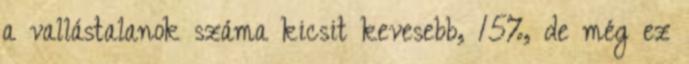
a vallástalanok száma kicsit kevesebb, 15%, de még ez